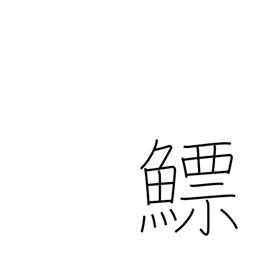
Meaning: fish bladder